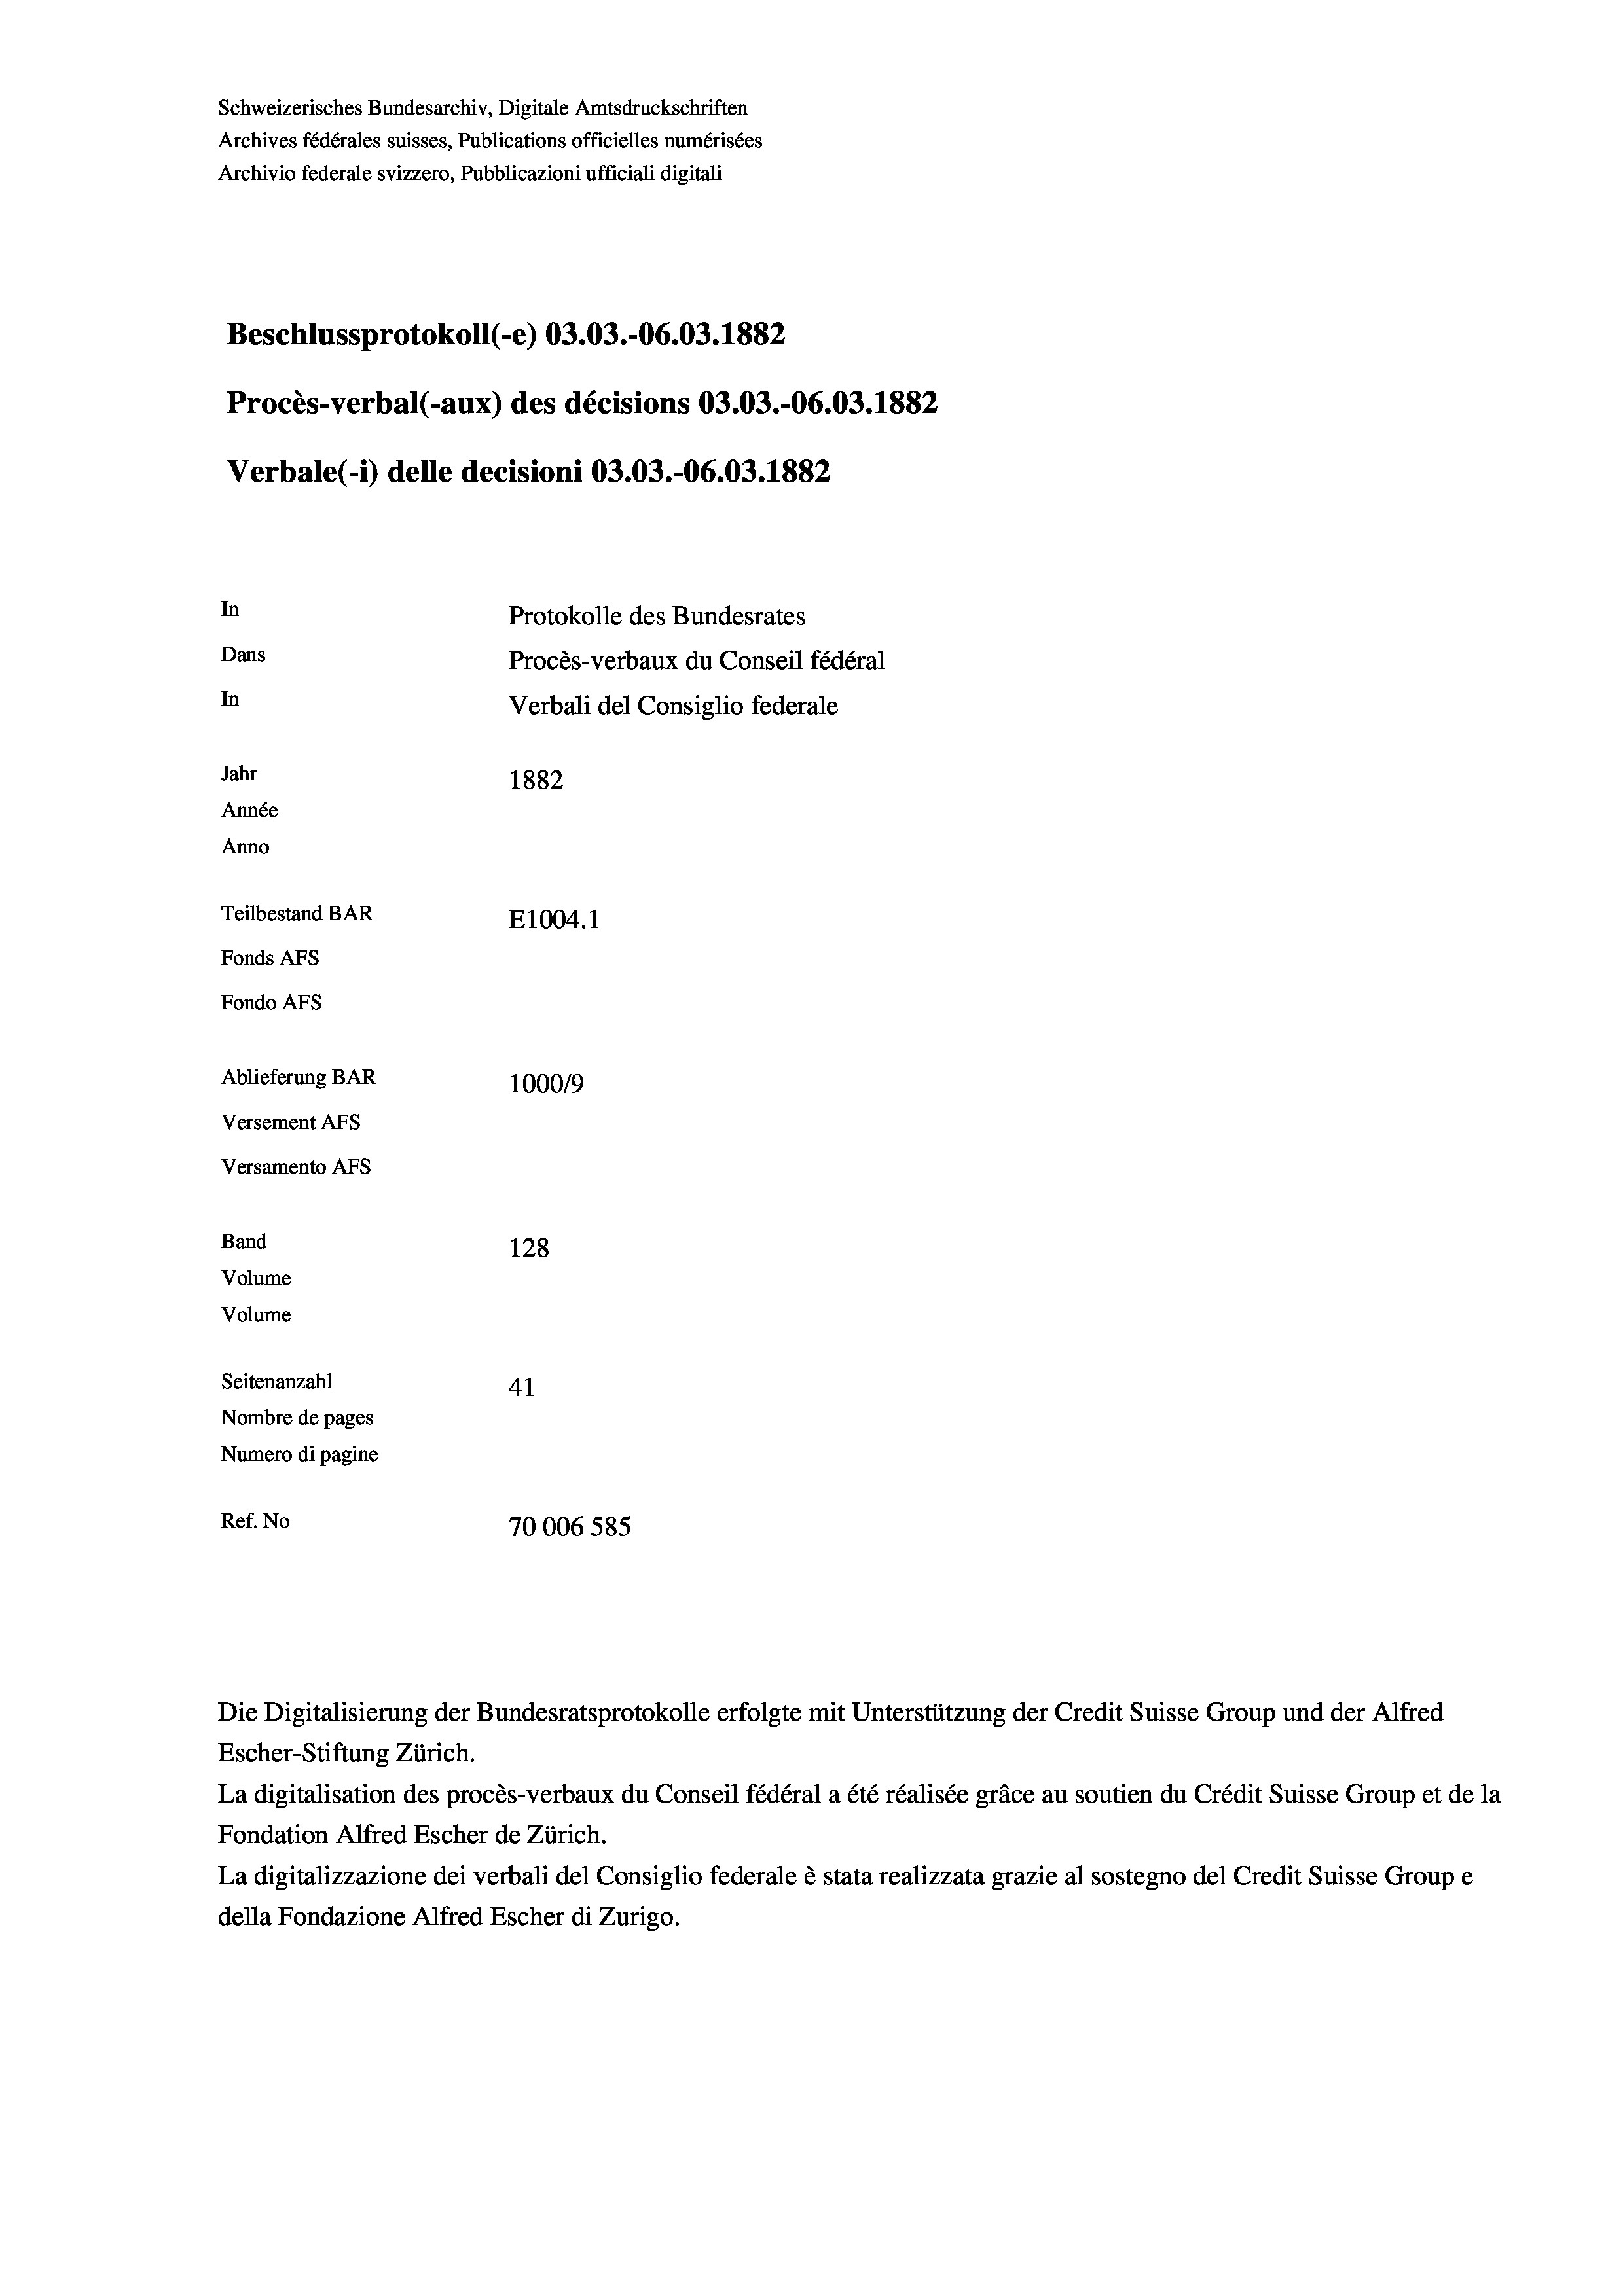
Schweizerisches Bundesarchiv, Digitale Amtsdruckschriften
Archives fédérales suisses, Publications officielles numérisées
Archivio federale svizzero, Pubblicazioni ufficiali digitali
Beschlussprotokoll (-e) 03.03.-06.03. 1882
Procès-verbal (-aux) des décisions 03.03.-06.03. 1882
Verbale(-*) delle decisioni 03.03.-06.03. 1882
In
Protokolle des Bundesrates
Dans
Procès-verbaux du Conseil fédéral
In
Verbali del Consiglio federale
Jahr
1882
Année
Anno
Teilbestand BAR
E1004.1
Fonds AFs
Fondo Afs
Ablieferung BAR
100019
Versement AFs
Versamento Afs
Band
128
Volume
Volume
Seitenanzahl
41
Nombre de pages
Numero di pagine
Ref. No
70006 585

Die Digitalisierung der Bundesratsprotokolle erfolgte mit Unterstützung der Credit Suisse Group und der Alfred
Escher-Stiftung Zürich.
La digitalisation des procès-verbaux du Conseil fédéral a été réalisée gräce au soutien du Crédit Suisse Group et de la
Fondation Alfred Escher de Zürich.
La digitalizzazione dei verbali del Consiglio federale è stata realizzata grazie al sostegno del Credit Suisse Groupe
della Fondazione Alfred Escher di Zurigo.